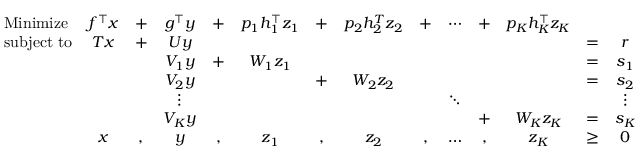
{ \begin{array} { l c c c c c c c c c c c c c } { { \mathrm { M i n i m i z e } } } & { f ^ { \top } x } & { + } & { g ^ { \top } y } & { + } & { p _ { 1 } h _ { 1 } ^ { \top } z _ { 1 } } & { + } & { p _ { 2 } h _ { 2 } ^ { T } z _ { 2 } } & { + } & { \cdots } & { + } & { p _ { K } h _ { K } ^ { \top } z _ { K } } & & \\ { { \mathrm { s u b j e c t ~ t o } } } & { T x } & { + } & { U y } & & & & & & & & & { = } & { r } \\ & & & { V _ { 1 } y } & { + } & { W _ { 1 } z _ { 1 } } & & & & & & & { = } & { s _ { 1 } } \\ & & & { V _ { 2 } y } & & & { + } & { W _ { 2 } z _ { 2 } } & & & & & { = } & { s _ { 2 } } \\ & & & { \vdots } & & & & & & { \ddots } & & & & { \vdots } \\ & & & { V _ { K } y } & & & & & & & { + } & { W _ { K } z _ { K } } & { = } & { s _ { K } } \\ & { x } & { , } & { y } & { , } & { z _ { 1 } } & { , } & { z _ { 2 } } & { , } & { \ldots } & { , } & { z _ { K } } & { \geq } & { 0 } \end{array} }